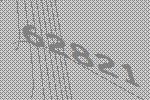
62821